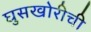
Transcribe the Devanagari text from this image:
घुसखोरीची